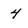
Character: 4